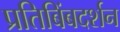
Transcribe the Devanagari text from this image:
प्रतिबिंबदर्शन